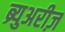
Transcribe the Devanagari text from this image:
ब्र्युअरीज़